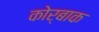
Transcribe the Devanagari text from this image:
कोर्बाक